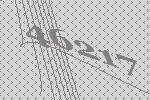
46217